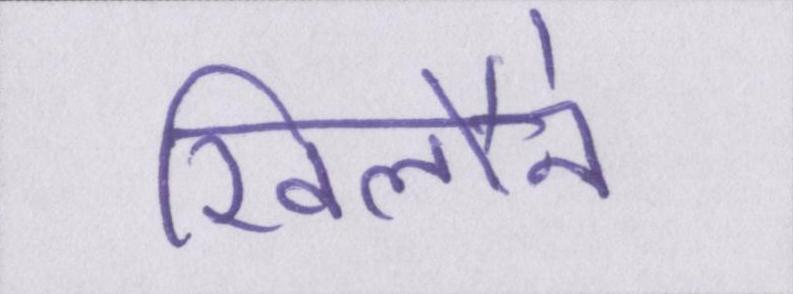
खिलौने